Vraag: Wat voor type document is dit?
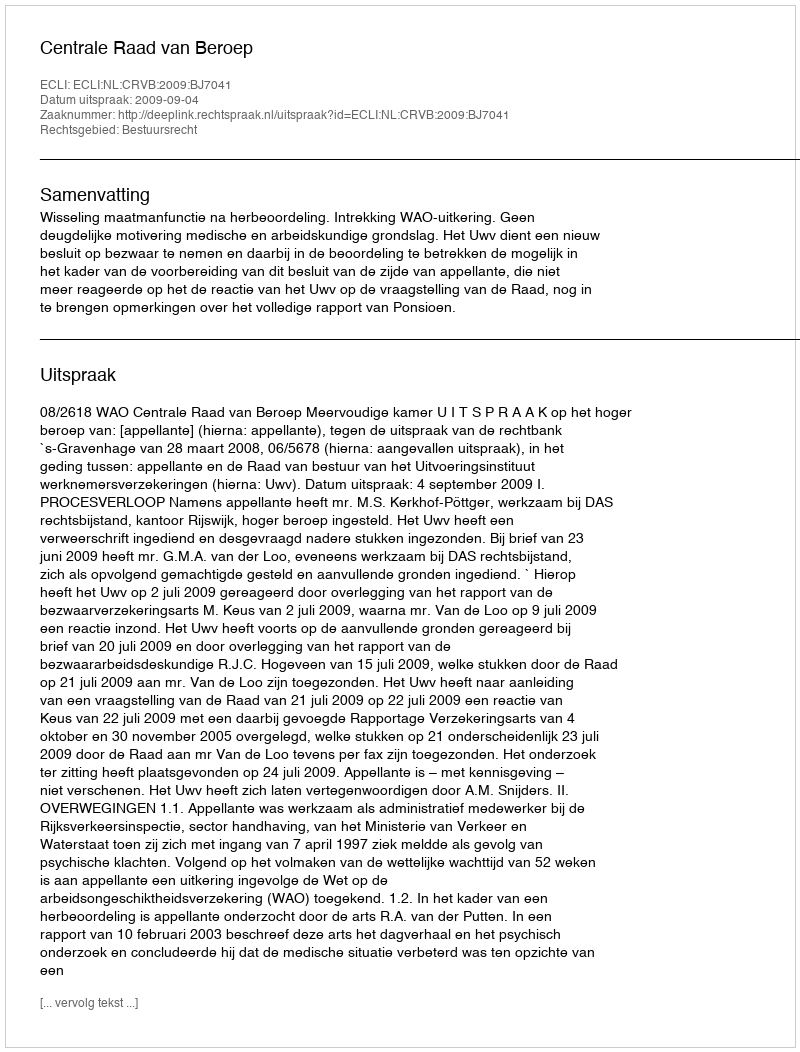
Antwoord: Uitspraak